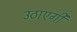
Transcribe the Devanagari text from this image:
उठाएगी